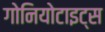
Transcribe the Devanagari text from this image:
गोनियोटाइट्स